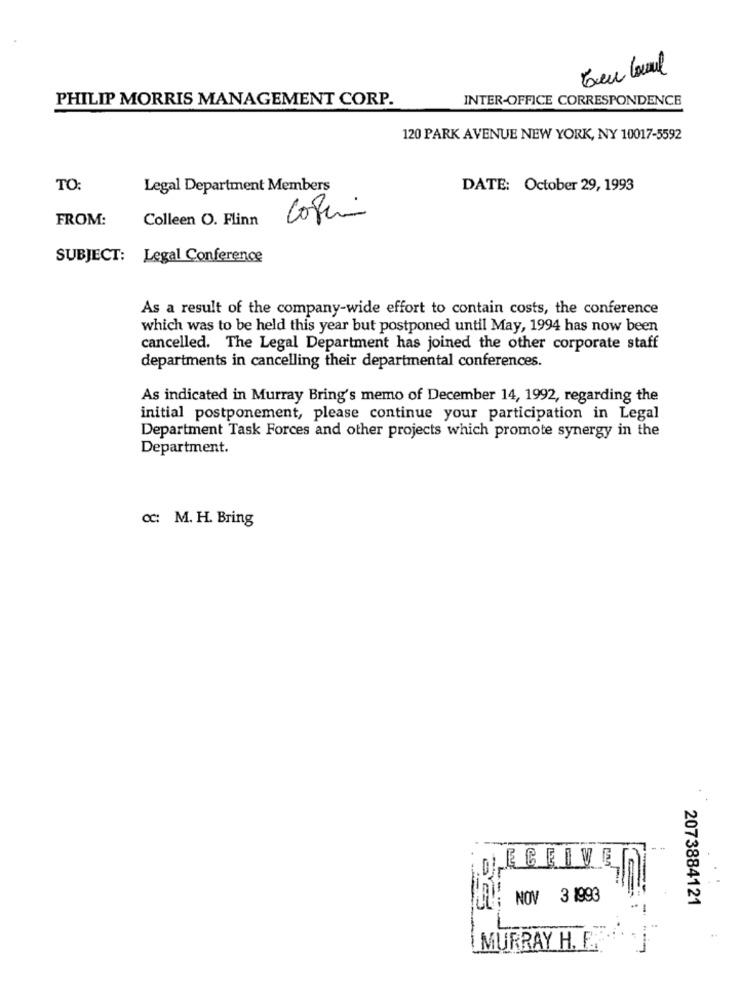
PHILIP MORRIS MANAGEMENT CORP.
INTER-OFFICE CORRESPONDENCE
120 PARK AVENUE NEW YORK, NY 10017-5592
TO:
Legal Department Members
DATE: October 29, 1993
FROM:
Colleen O. Flinn
Copi
SUBJECT: Legal Conference
As a result of the company-wide effort to contain costs, the conference
which was to be held this year but postponed until May, 1994 has now been
cancelled. The Legal Department has joined the other corporate staff
departments in cancelling their departmental conferences.
As indicated in Murray Bring's memo of December 14, 1992, regarding the
initial postponement, please continue your participation in Legal
Department Task Forces and other projects which promote synergy in the
Department.
cc: M. H. Bring
LECEIVE
NOV 3 1993
2073884121
L
MURRAY H. F.